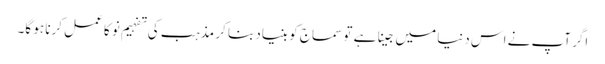
اگر آپ نے اس دنیا میں جینا ہے تو سماج کو بنیاد بنا کر مذہب کی تفہیم نو کا عمل کرنا ہو گا۔